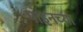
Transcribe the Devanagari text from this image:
पाइनच्या